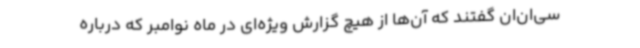
سی‌ان‌ان گفتند که آن‌ها از هیچ گزارش ویژه‌ای در ماه نوامبر که درباره